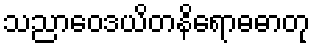
သညာဝေဒယိတနိရောဓဓာတု